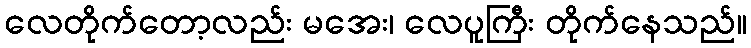
လေတိုက်တော့လည်း မအေး၊ လေပူကြီး တိုက်နေသည်။